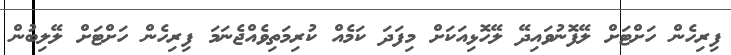
ފިރިހެން ހަށްޓަށް ލޭފޮނުވައިދޭ ލޭހޮޅިއަކަށް މިފަދަ ކަމެއް ކުރިމަތިވެއްޖެނަމަ ފިރިހެން ހަށްޓަށް ލޭލިބުން